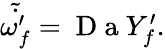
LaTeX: \begin{array}{r}{\tilde{\dot{\omega_{f}^{\prime}}}=\mathrm{~D~a~}Y_{f}^{\prime}.}\end{array}